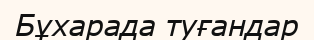
Бұхарада туғандар